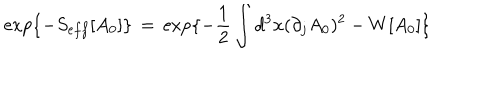
LaTeX: \exp \{ - S _ { e f f } [ A _ { 0 } ] \} \, = \, \exp \{ - \frac { 1 } { 2 } \int d ^ { 3 } x ( \partial _ { j } A _ { 0 } ) ^ { 2 } - W [ A _ { 0 } ] \}